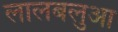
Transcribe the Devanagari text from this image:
लालबलुआ